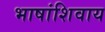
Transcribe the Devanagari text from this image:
भाषांशिवाय